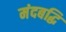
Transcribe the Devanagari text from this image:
मंदबद्धि